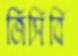
জিসিবি